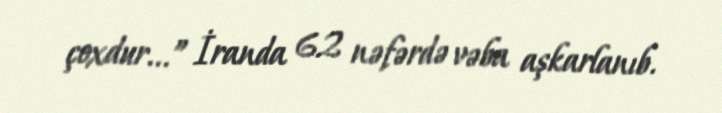
çoxdur...” İranda 62 nəfərdə vəba aşkarlanıb.